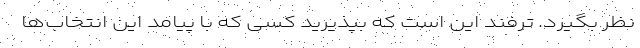
نظر بگیرد. ترفند این است که بپذیرید کسی که با پیامد این انتخاب‌ها